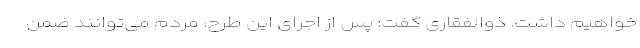
خواهیم داشت. ذوالفقاری گفت: پس از اجرای این طرح، مردم می‌توانند ضمن